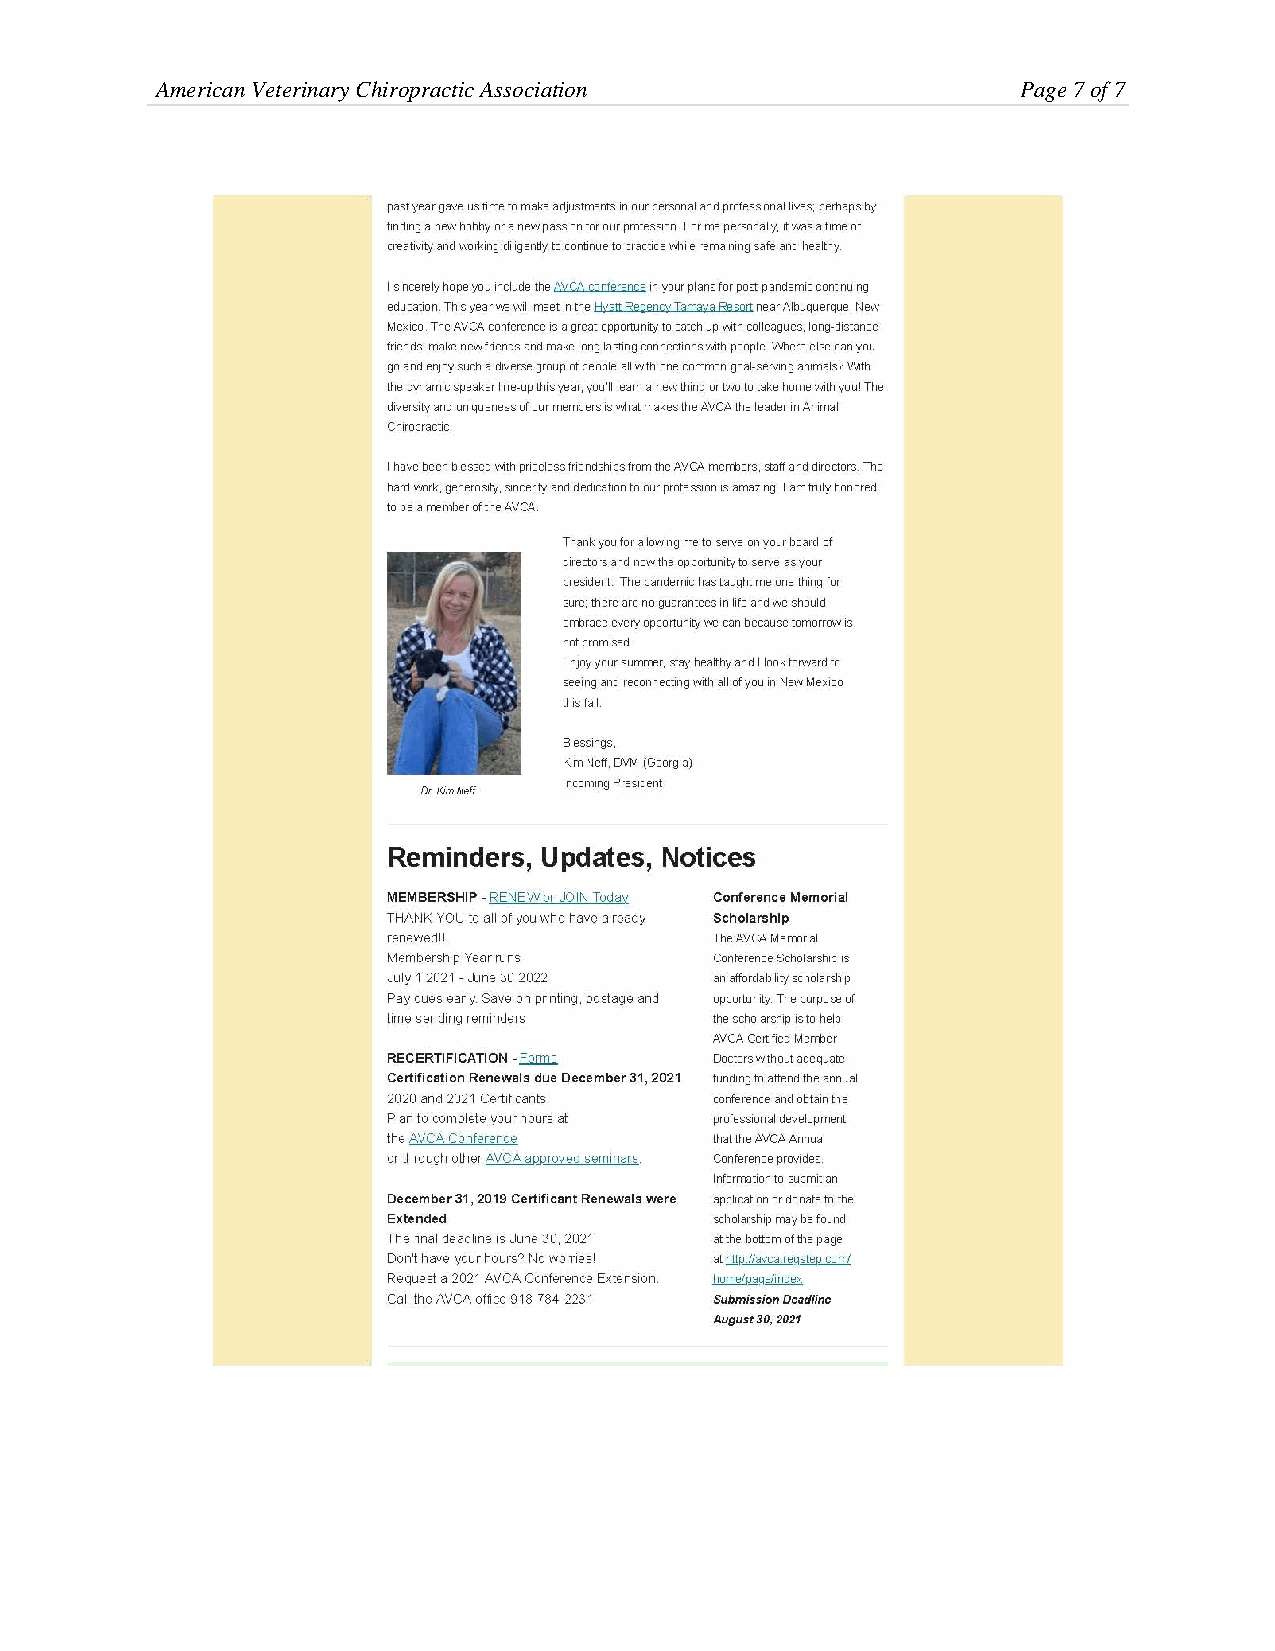
American Veterinary Chiropractic Association              Page 7 of 7